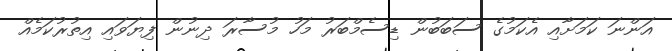
އަންނަ ކަމަށާއި އެކަމުގެ ސަބަބުން ޑިސެމްބަރު މަހު މުސާރަ ދިނުން ފިޔަވައި އިތުރުކަމެއް